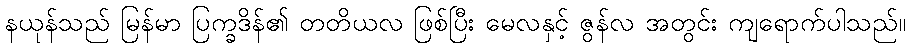
နယုန်သည် မြန်မာ ပြက္ခဒိန်၏ တတိယလ ဖြစ်ပြီး မေလနှင့် ဇွန်လ အတွင်း ကျရောက်ပါသည်။